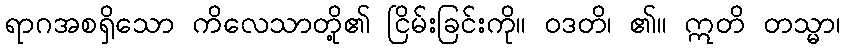
ရာဂအစရှိသော ကိလေသာတို့၏ ငြိမ်းခြင်းကို။ ဝဒတိ၊ ၏။ ဣတိ တသ္မာ၊